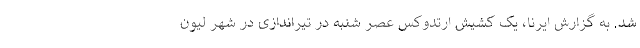
شد. به گزارش ایرنا، یک کشیش ارتدوکس عصر شنبه در تیراندازی در شهر لیون